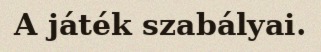
A játék szabályai.